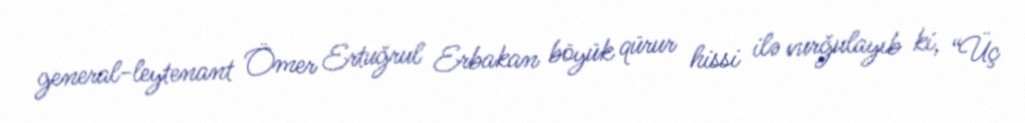
general-leytenant Ömer Ertuğrul Erbakan böyük qürur hissi ilə vurğulayıb ki, “Üç